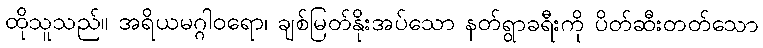
ထိုသူသည်။ အရိယမဂ္ဂါဝရော၊ ချစ်မြတ်နိုးအပ်သော နတ်ရွာခရီးကို ပိတ်ဆီးတတ်သော